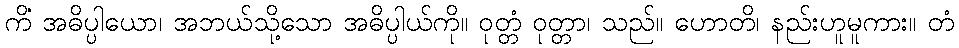
ကိံ အဓိပ္ပါယော၊ အဘယ်သို့သော အဓိပ္ပါယ်ကို။ ဝုတ္တံ ဝုတ္တာ၊ သည်။ ဟောတိ၊ နည်းဟူမူကား။ တံ